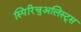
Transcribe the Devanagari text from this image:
स्पिरिचुअलिस्ट्स